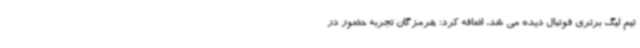
تیم لیگ برتری فوتبال دیده می شد، اضافه کرد: هرمزگان تجربه حضور در